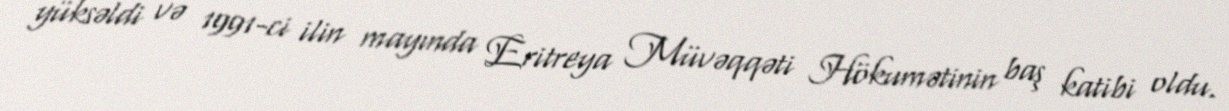
yüksəldi və 1991-ci ilin mayında Eritreya Müvəqqəti Hökumətinin baş katibi oldu.